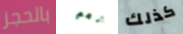
بالحجز نعم كذلك